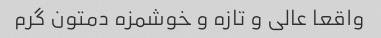
واقعا عالی و تازه و خوشمزه دمتون گرم